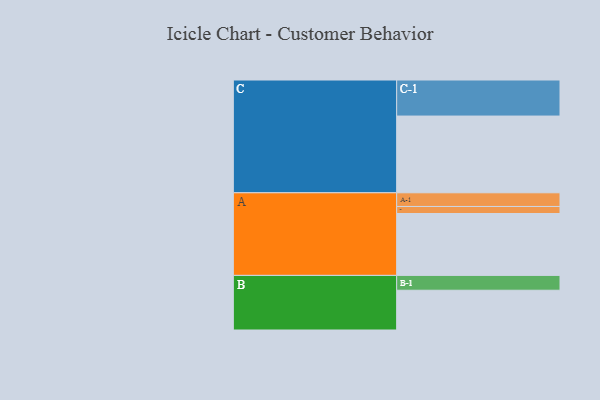
{"axis": {"x": "Segment", "y": "Value"}, "legend": ["", "A", "B", "C"], "data": [{"x": "A", "y": 484, "type": ""}, {"x": "B", "y": 311, "type": ""}, {"x": "C", "y": 600, "type": ""}, {"x": "A-1", "y": 107, "type": "A"}, {"x": "A-2", "y": 55, "type": "A"}, {"x": "B-1", "y": 116, "type": "B"}, {"x": "C-1", "y": 282, "type": "C"}]}